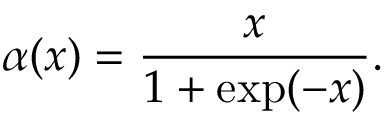
\alpha ( x ) = \frac { x } { 1 + \exp ( - x ) } .